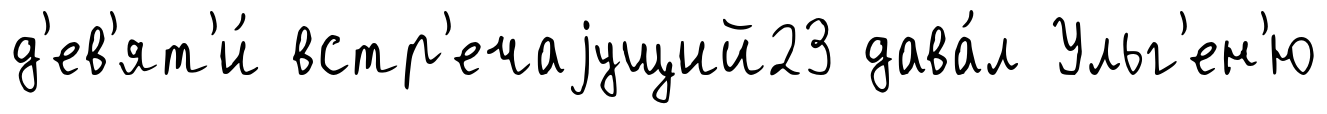
д'ев'ят'и́ встр'ечаjущий23 дава́л Ульг'ен'ю